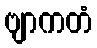
ဗျာကတံ